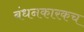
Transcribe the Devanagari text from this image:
बंधनकारकच